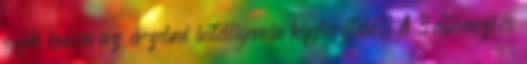
egyik kulcsa az érzelmi intelligencia kifejlesztése. A 3 dimenziós